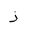
Letter: _thal